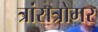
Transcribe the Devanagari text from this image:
त्रांसत्रोमर